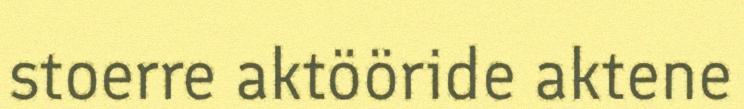
stoerre aktööride aktene